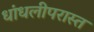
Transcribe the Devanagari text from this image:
धांधलीपरास्त